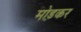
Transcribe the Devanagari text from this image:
मोड़़कर